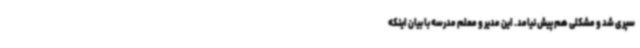
سپری شد و مشکلی هم پیش نیامد. این مدیر و معلم مدرسه با بیان اینکه